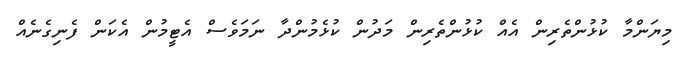
މިޔަންމާ ކުޅުންތެރިން އެއް ކުޅުންތެރިން މަދުން ކުޅެމުންދާ ނަމަވެސް އެޓީމުން އެކަން ފެނިގެނެއް